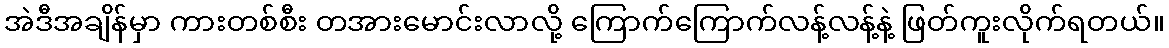
အဲဒီအချိန်မှာ ကားတစ်စီး တအားမောင်းလာလို့ ကြောက်ကြောက်လန့်လန့်နဲ့ ဖြတ်ကူးလိုက်ရတယ်။